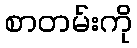
စာတမ်းကို